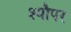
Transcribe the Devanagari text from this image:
श्यौपर